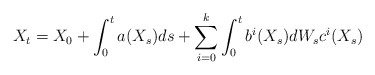
\begin{align*}X_t=X_0 + \int_0^t a(X_s)ds + \sum\limits_{i=0}^k\int_0^tb^i(X_s)dW_sc^i(X_s)\end{align*}